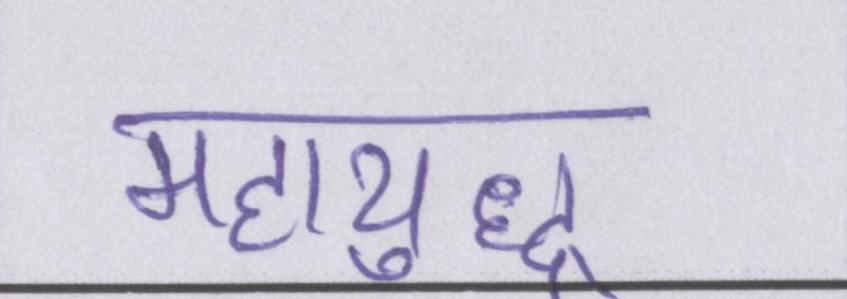
महायुद्ध